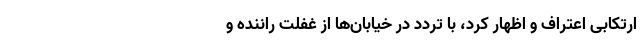
ارتکابی اعتراف و اظهار کرد، با تردد در خیابان‌ها از غفلت راننده و